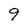
Character: 9